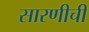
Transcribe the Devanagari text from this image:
सारणीची